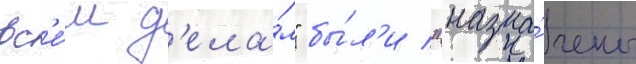
вс'е́м д'ела́м" бы́л'и "назна́чены